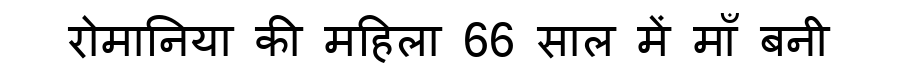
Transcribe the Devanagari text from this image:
रोमानिया की महिला 66 साल में माँ बनी